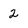
Character: 2